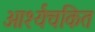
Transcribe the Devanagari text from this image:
आर्श्यचकित